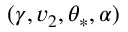
( \gamma , v _ { 2 } , \theta _ { \ast } , \alpha )